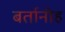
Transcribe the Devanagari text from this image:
बर्तानीह